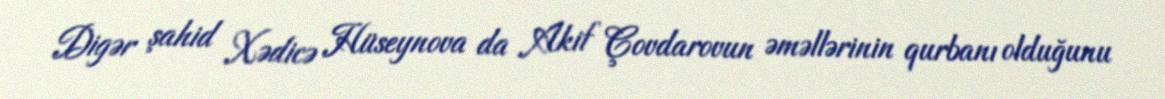
Digər şahid Xədicə Hüseynova da Akif Çovdarovun əməllərinin qurbanı olduğunu